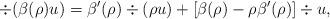
LaTeX: \begin{align*}\div (\beta(\rho) u) = \beta'(\rho) \div (\rho u) + \left[ \beta(\rho) - \rho \beta'(\rho) \right] \div u, \end{align*}